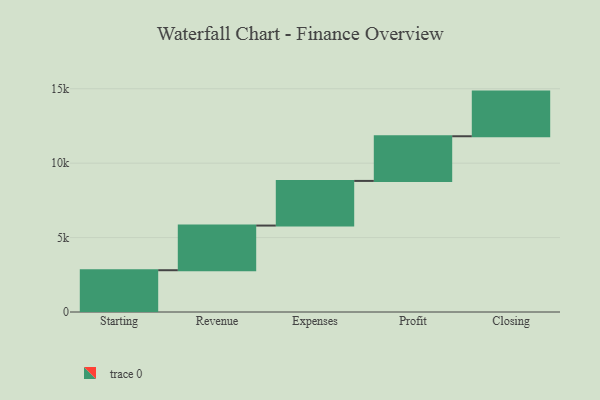
{"axis": {"x": "Step", "y": "Value"}, "legend": [""], "data": [{"x": "Starting", "y": 2807.0, "type": ""}, {"x": "Revenue", "y": 3000, "type": ""}, {"x": "Expenses", "y": 3000, "type": ""}, {"x": "Profit", "y": 3000, "type": ""}, {"x": "Closing", "y": 3000, "type": ""}]}